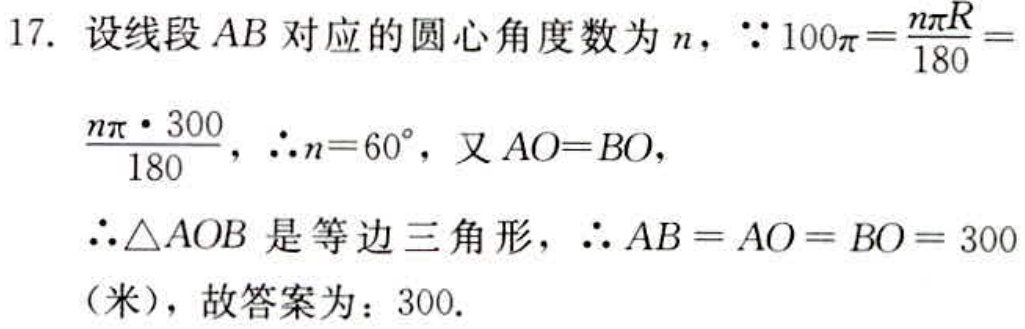
17. 设线段\(AB\)对应的圆心角度数为\(n\)，\(\because 100\pi=\frac{n\pi R}{180}=\frac{n\pi\cdot300}{180}\)，\(\therefore n = 60^{\circ}\)，又\(AO = BO\)，
\(\therefore\triangle AOB\)是等边三角形，\(\therefore AB=AO = BO = 300\)（米），故答案为：\(300\).